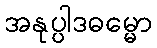
အနုပ္ပါဒဓမ္မော